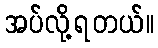
အပ်လို့ရတယ်။